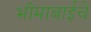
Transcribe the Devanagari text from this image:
भीमाबाईचे